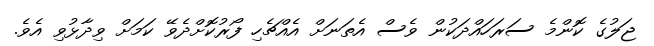
ޖަލުގެ ކޮންމެ ސަރަހައްދަކުން ވެސް އެތަނަށް އެއްޗެހި ފޯރުކޮށްދެވޭ ކަމަށް ވިދާޅުވި އެވެ.